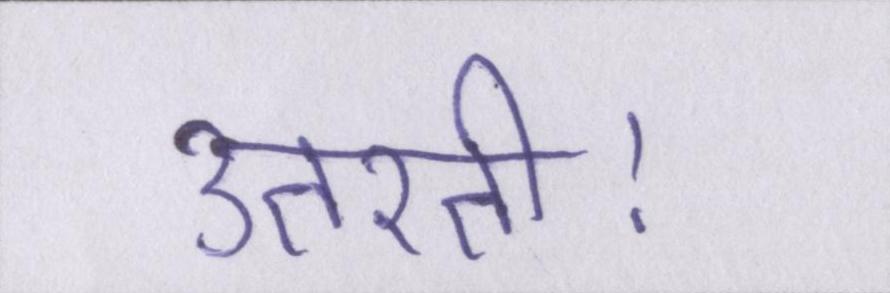
उतरती।